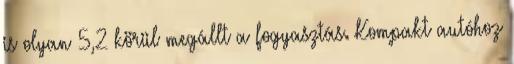
is olyan 5,2 körül megállt a fogyasztás. Kompakt autóhoz